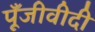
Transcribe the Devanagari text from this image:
पूँजीवीदी